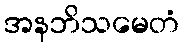
အနဘိသမေတံ